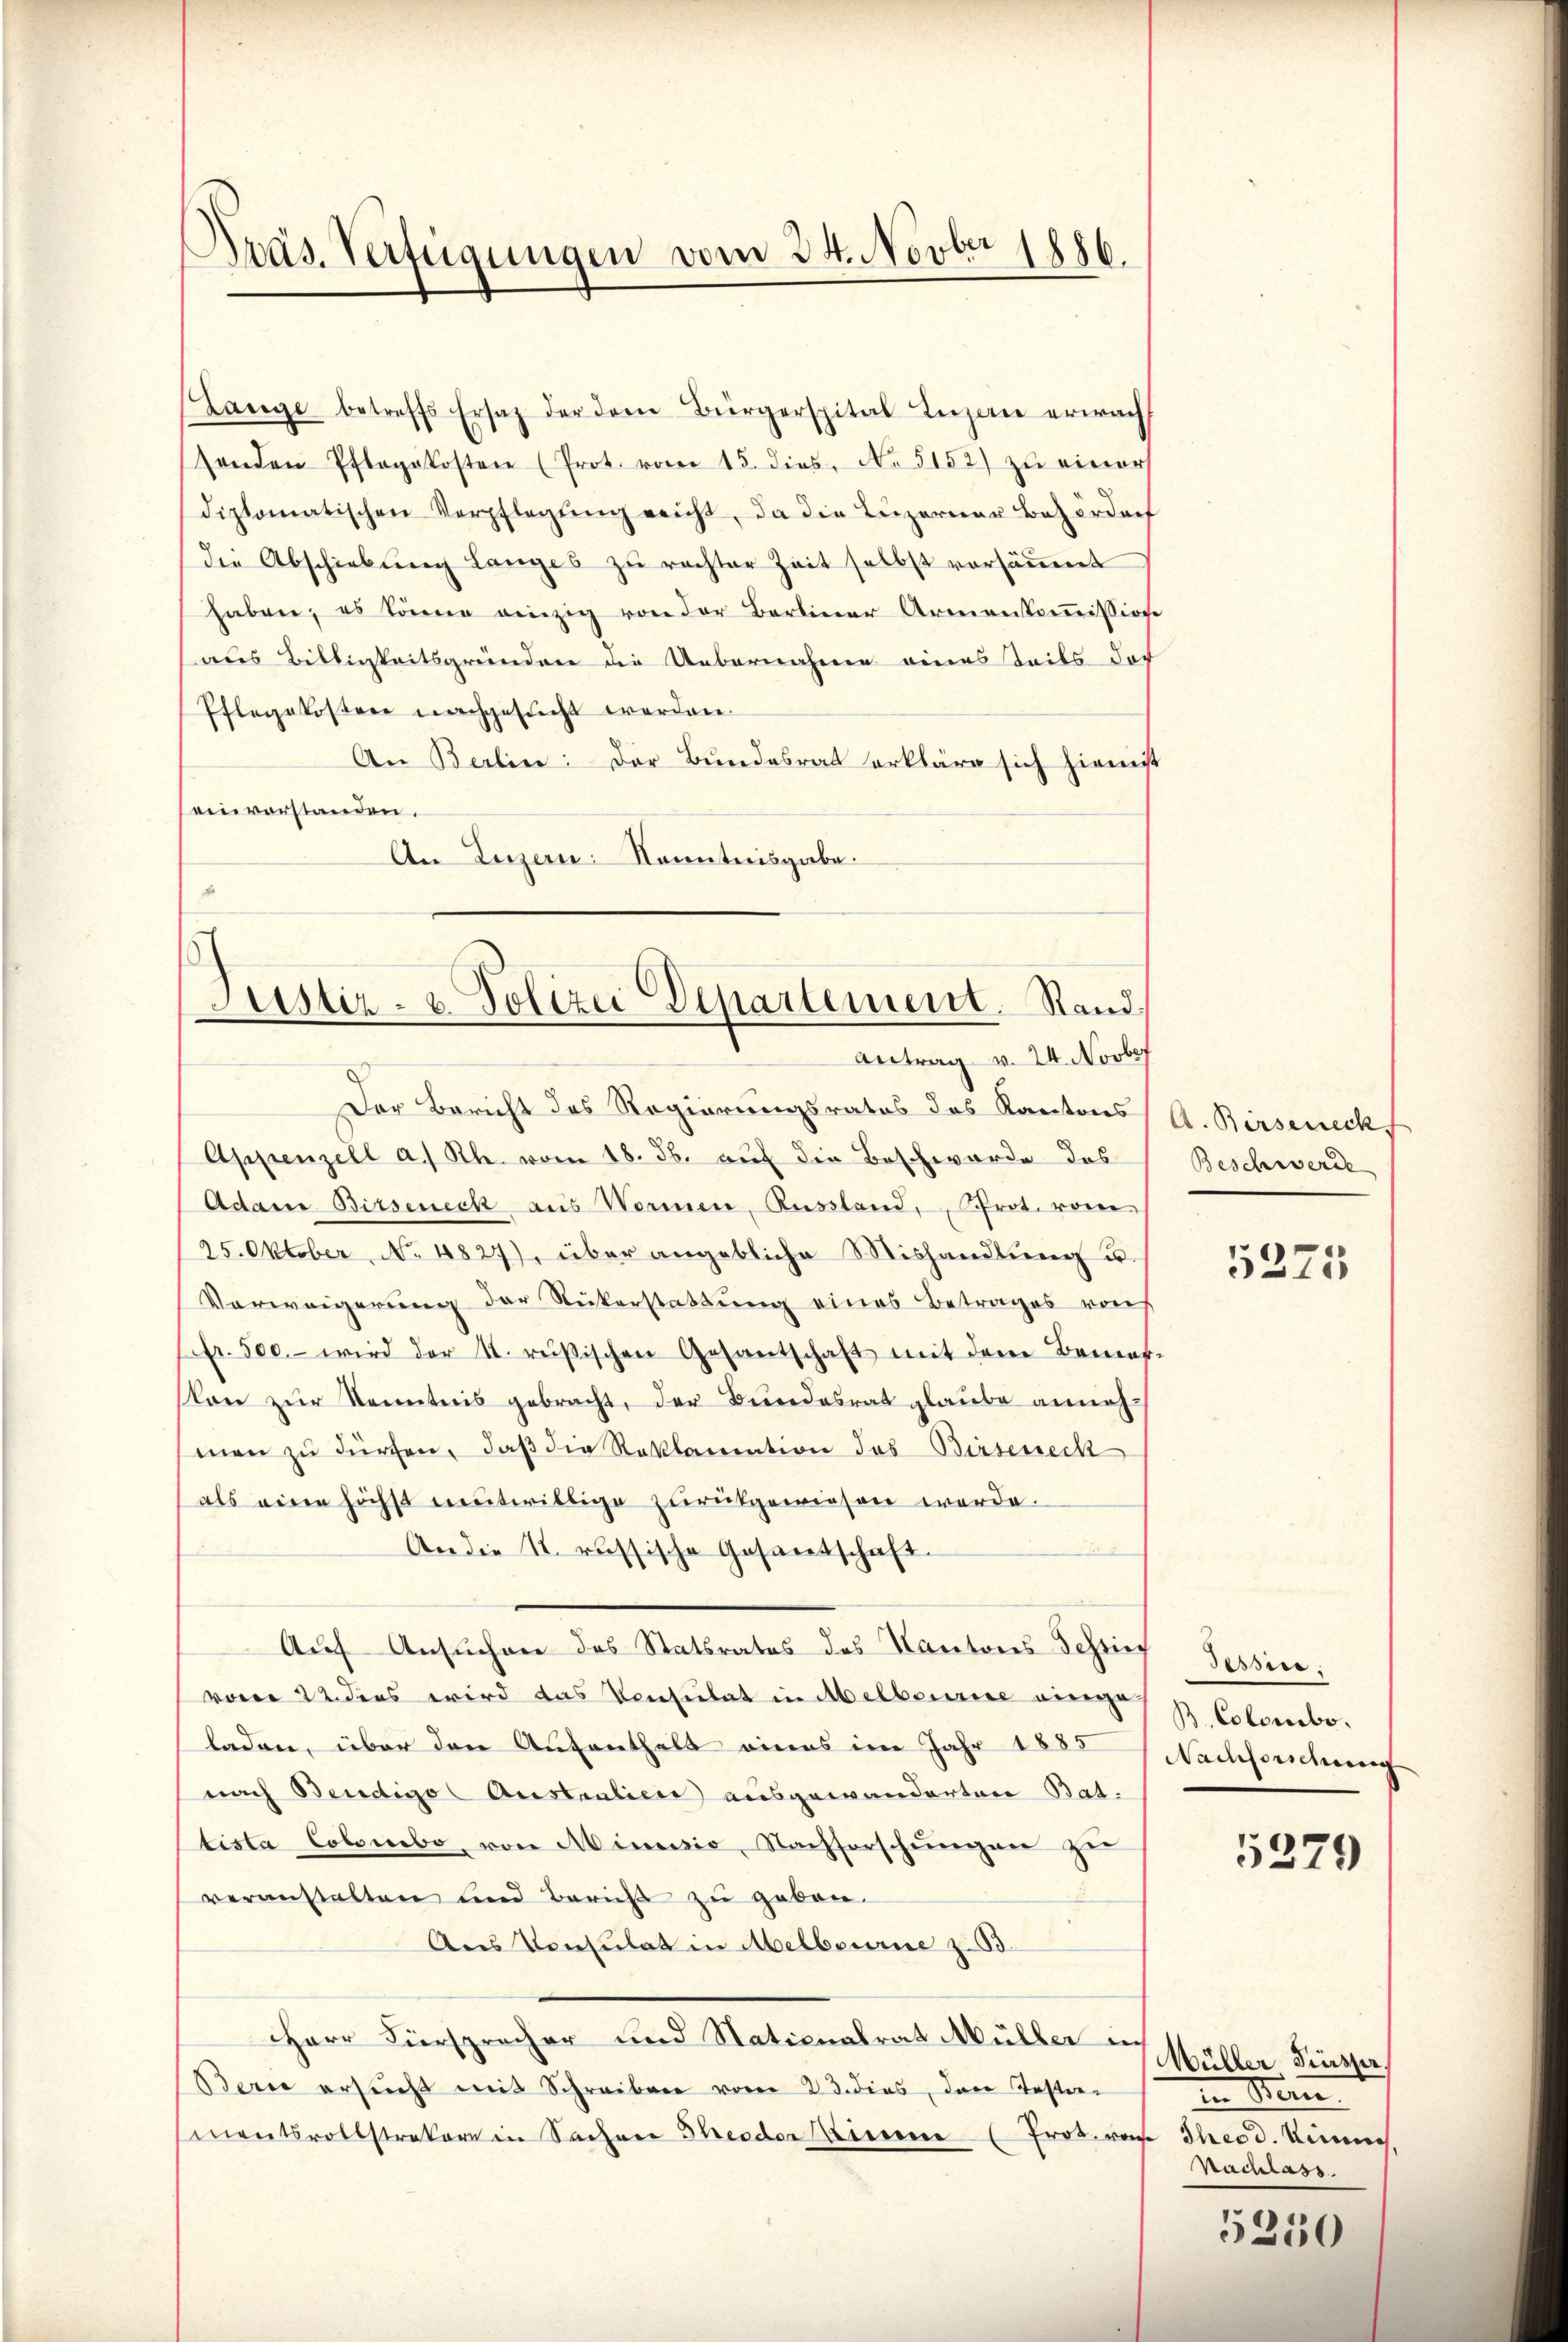
Lange betreffs Ersatz der dem Bürgerspital Lugan erwach
senden Pflegekosten (Prot. vom 15. dies. No. 5152) zu einer
diplomatischen Verpflegŭng reicht, da die Luzerner Behörderh
die Abschiebung Langes zŭ rechter Zeit selbst vorsäŭmt
haben, es könne einzig von der Bartiner Armenkoṁissione
aus Billigkeitsgründen die Uebernahme eines seits doch
Pflegekosten nachgesucht worden.
An Berlin: Der Bundesrat erkläre sich hiemit
einvorstanden.
An Luzern Kenntnisgabe.
.
Justiz- u. Polizei Departement. Stand,
Antrag v. 24. Novbef

Präs. Verfügungen vom 24. Novber 1886.

Der Bericht des Regierungsrates des Kantons A. Birseneck,
Appenzell a. Rh. vom 18. Jb. auf die Beschwerde des
Adam Birsenick aus Wormen, Russland, Prot. vom
25. Oktober, No. 4827), über angebliche Mishandlung u.
Verweigerung der Rükerstattung eines Betrages von
Pfr. 500.- wird der 1. resischen Gesantschaft mit dem Bemer-
kon zur Kenntnis gebracht, der Bundesrat glaube anneh-
men zu dürfen, daß die Reklamation des Birseneck
als eine höchst mutwillige zurückgewiesen werde.
An die 1. russische Gesandschaft.
Auf Ansuchen des Statsrates des Kantons Schries
vom 22. dens wird das Konsulat in Abelbaurie einge
laden, über den Aufenthalt eines im Jahr 1885 Nachforschung
nach Bendigo (Australien ausgewanderten Bat.
tista Colombo, von Minusio, Nachforschungen zu
veranstalten und Bericht zu gebon.
Aus Konsulat in Abelbourne z. B.
HHerr Fürsprecher und Nationalrat Müller in
Berne ersŭcht mit Schreiben vom 23. dies, den Testrei
mentsvollstrakere in Sachen Theeder Einen (Prot. von Theod. Kin

Beschwerde

5275

Tessin.
B. Colombo.

5279

Müller Finsper
in Stein
Nachlass

5250